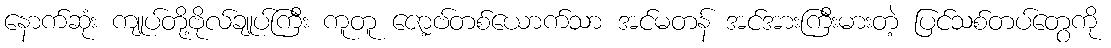
နောက်ဆုံး ကျုပ်တို့ဗိုလ်ချုပ်ကြီး ကူတူ ဇော့ဗ်တစ်ယောက်သာ အင်မတန် အင်အားကြီးမားတဲ့ ပြင်သစ်တပ်တွေကို